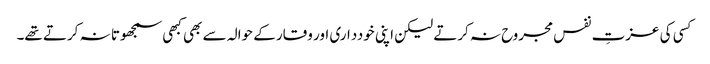
کسی کی عزتِ نفس مجروح نہ کرتے لیکن اپنی خودداری اور وقار کے حوالہ سے بھی کبھی سمجھوتا نہ کرتے تھے۔